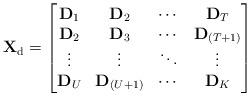
LaTeX: \begin{align*}\mathbf{X}_{\mathrm{d}}=\begin{bmatrix}\mathbf{D}_1 & \mathbf{D}_2 & \cdots & \mathbf{D}_T\\\mathbf{D}_2 & \mathbf{D}_3 & \cdots & \mathbf{D}_{(T+1)}\\\vdots & \vdots & \ddots & \vdots\\\mathbf{D}_U & \mathbf{D}_{(U+1)} & \cdots & \mathbf{D}_K\end{bmatrix}\end{align*}